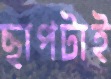
ছাপটাই